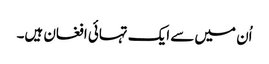
اُن میں سے ایک تہائی افغان ہیں۔